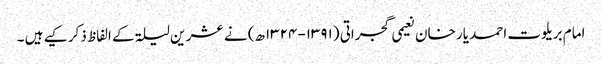
امام بریلوت احمد یار خان نعیمی گجراتی (۱۳۹۱-۱۳۲۴ھ) نے عشر ین لیلۃ کے الفاظ ذکر کیے ہیں ۔